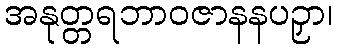
အနုတ္တရဘာဝဇာနနပဉှာ၊